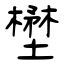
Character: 壄